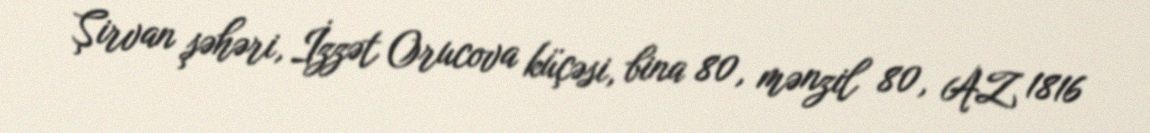
Şirvan şəhəri, İzzət Orucova küçəsi, bina 80, mənzil 80, AZ 1816